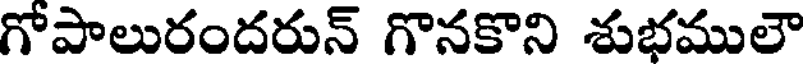
గోపాలురందరున్ గొనకొని శుభములౌ